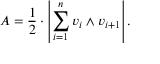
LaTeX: A = { \frac { 1 } { 2 } } \cdot \left| \sum _ { i = 1 } ^ { n } v _ { i } \wedge v _ { i + 1 } \right| .